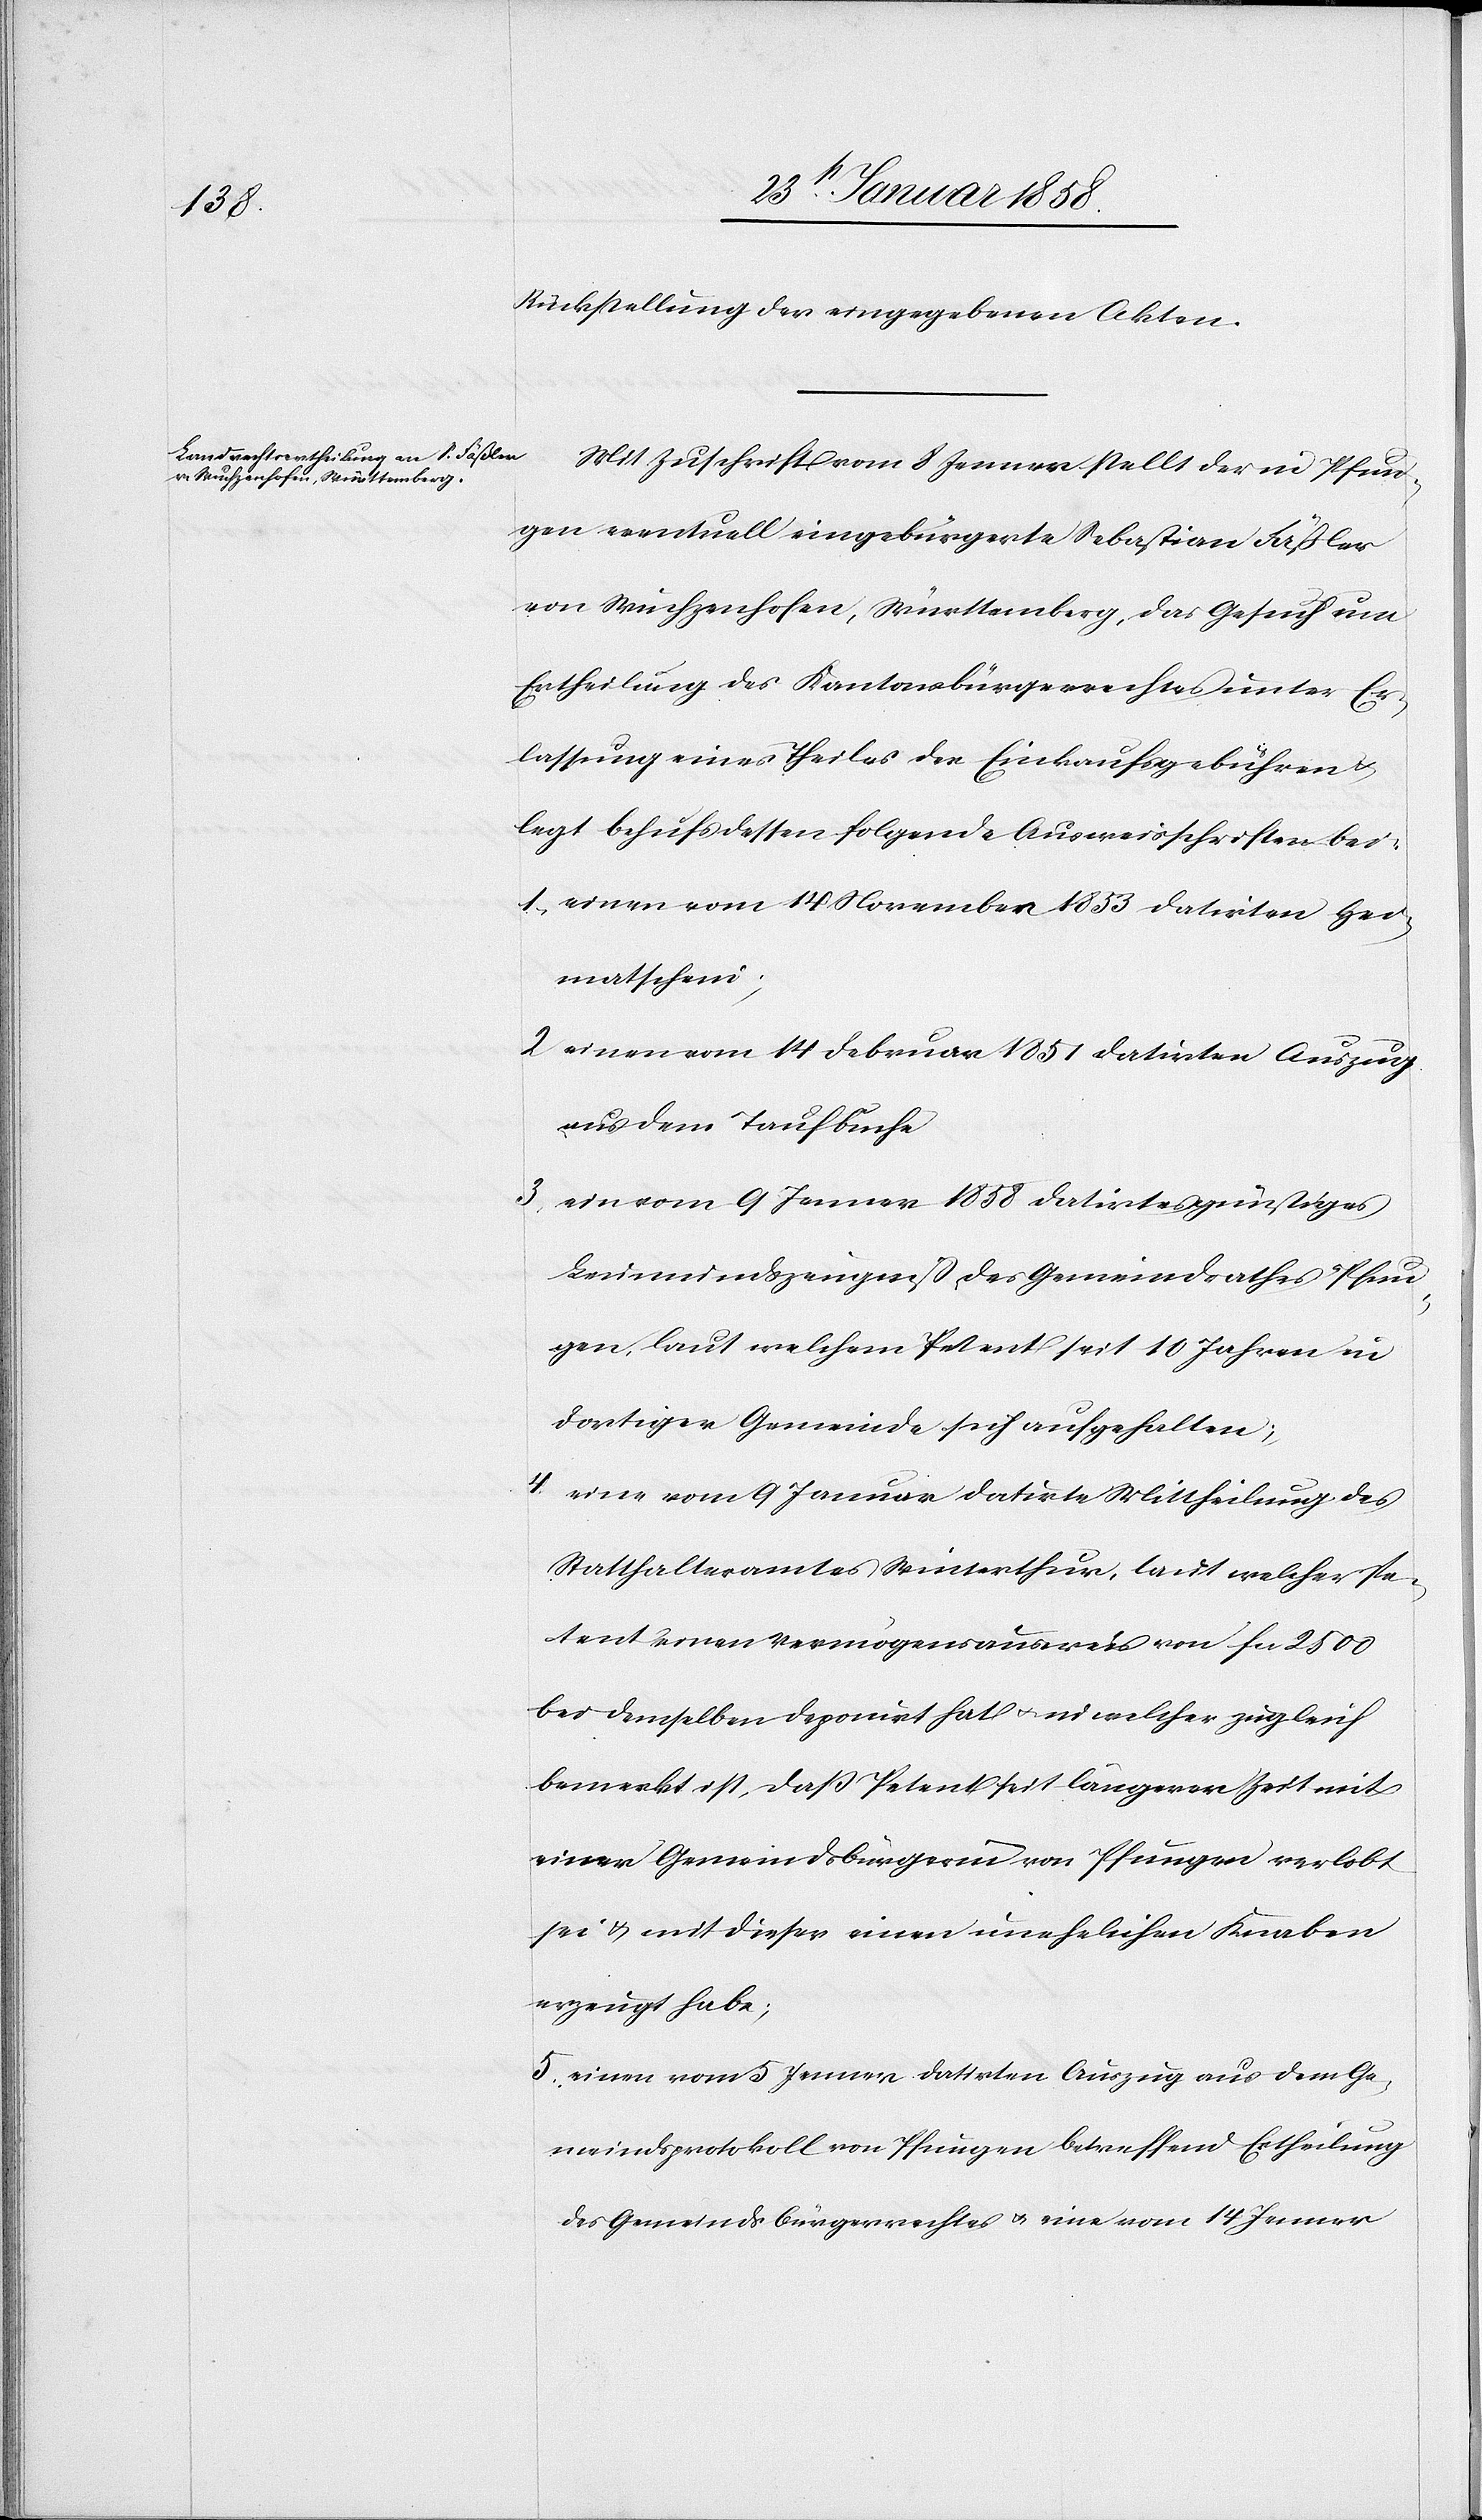
Rückstellung der eingegebenen Akten.
Mit Zuschrift vom 8 Jenner stellt der in Pfun¬
gen eventuell eingebürgerte Sebastian Fäßler
von Wuchzenhofen, Württemberg, das Gesuch um
Ertheilung des Kantonsbürgerrechtes unter Er¬
lassung eines Theiles der Einkaufsgebühren
legt behufs dessen folgende Ausweisschriften bei:
1. einen vom 14 November 1853 datirten Hei¬
matschein;
2 einen vom 14 Februar 1851 datirten Auszug
aus dem Taufbuche
3 ein vom 9 Jenner 1858 datirtes günstiges
Leumundszeugniß des Gemeindrathes Pfun¬
gen, laut welchem Petent seit 10 Jahren in
dortiger Gemeinde sich aufgehalten;
4. eine vom 9 Januar datirte Mittheilung des
Statthalteramtes Winterthur, laut welcher Pe¬
tent einen Vermögensausweis von fcs 2500
bei demselben deponirt hat u. in welcher zugleich
bemerkt ist, daß Petent seit längerer Zeit mit
einer Gemeindsbürgerin von Pfungen verlobt
sei u. mit dieser einen unehelichen Knaben
erzeugt habe;
5. einen vom 5 Jenner datirten Auszug aus dem Ge¬
meindsprotokoll von Pfungen betreffend Ertheilung
des Gemeindsbrügerrechts u. eine vom 14 Jenner